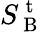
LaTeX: S_{\mathrm{~B~}}^{\mathrm{~t~}}